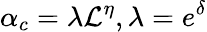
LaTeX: \alpha_{c}=\lambda\mathcal{L}^{\eta},\lambda=e^{\delta}